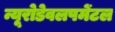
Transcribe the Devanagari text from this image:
न्यूरोडेवलपमेंटल